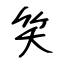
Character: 笑